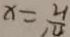
x = \frac { 2 1 } { 1 0 }